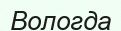
Вологда